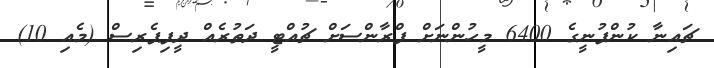
ޗައިނާ ކުންފުނީގެ 6400 މީހުންނަށް ފްރާންސަށް ޗުއްޓީ ދަތުރެއް ދީފިޕެރިސް (މެއި 10)